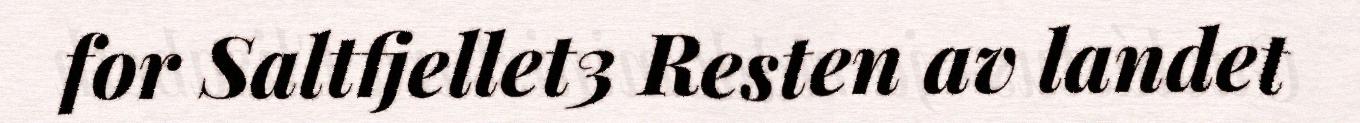
for Saltfjellet3 Resten av landet